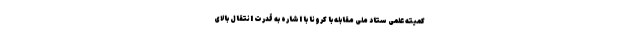
کمیته علمی ستاد ملی مقابله با کرونا با اشاره به قدرت انتقال بالای